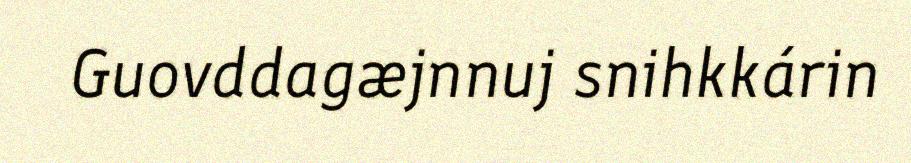
Guovddagæjnnuj snihkkárin